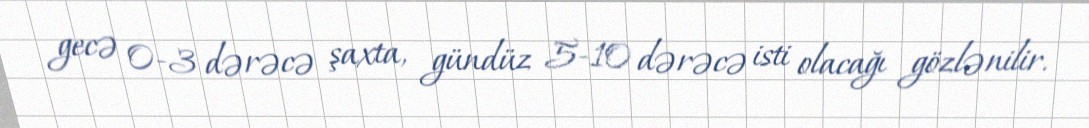
gecə 0-3 dərəcə şaxta, gündüz 5-10 dərəcə isti olacağı gözlənilir.